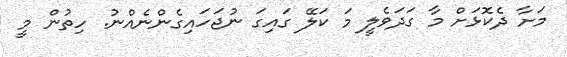
މަށާ ދެކޮޅަށް މާ ގަދަވެލީ މަ ކަލޭ ގައިގަ ނުޖަހައިގެންނެއްނު. ހިތުން މީ